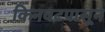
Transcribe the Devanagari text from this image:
किनवटपासून